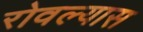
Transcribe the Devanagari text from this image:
रोवल्यास